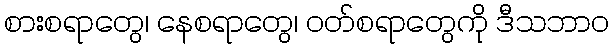
စားစရာတွေ၊ နေစရာတွေ၊ ဝတ်စရာတွေကို ဒီသဘာဝ